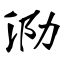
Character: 泐